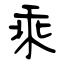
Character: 乘